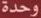
وحدة